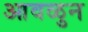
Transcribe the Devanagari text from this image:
आवळुन